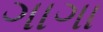
ગાગા